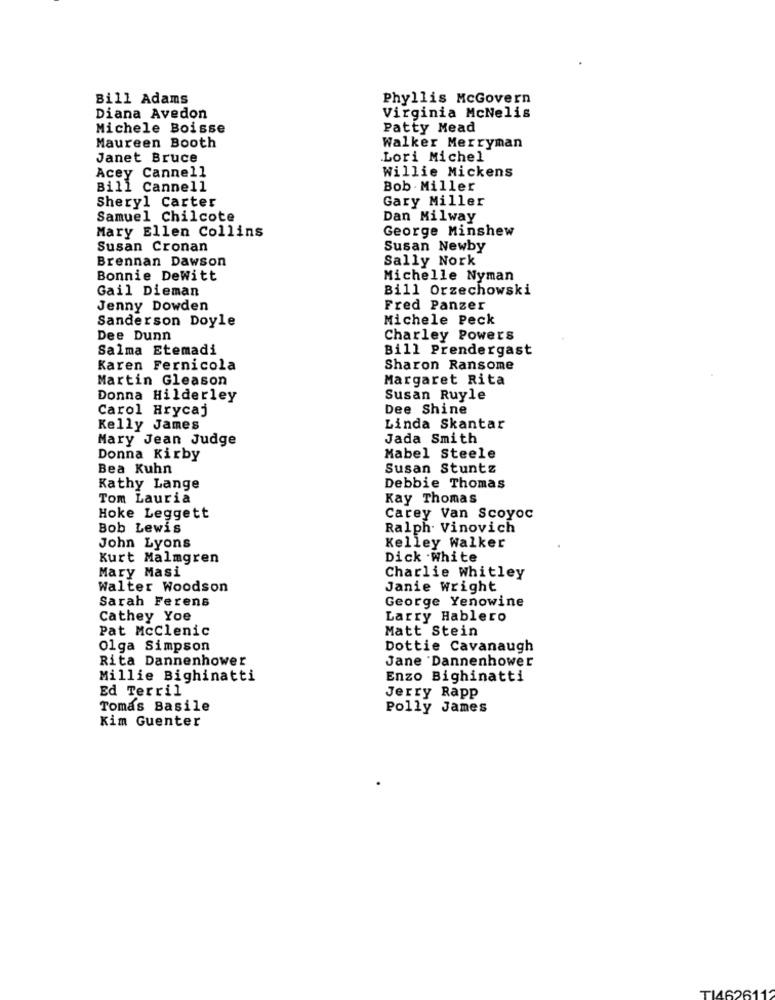
Bill Adams
Phyllis McGovern
Virginia McNelis
Diana Avedon
Michele Boisse
Patty Mead
Maureen Booth
Walker Merryman
Janet Bruce
Lori Michel
Willie Mickens
Acey Cannell
Bill Cannell
Bob Miller
Gary Miller
Sheryl Carter
Samuel Chilcote
Dan Milway
Mary Ellen Collins
George Minshew
Susan Cronan
Susan Newby
Brennan Dawson
Sally Nork
Bonnie Dewitt
Michelle Nyman
Gail Dieman
Bill Orzechowski
Jenny Dowden
Fred Panzer
Michele Peck
Sanderson Doyle
Dee Dunn
Charley Powers
Salma Etemadi
Bill Prendergast
Karen Fernicola
Sharon Ransome
Martin Gleason
Margaret Rita
Donna Hilderley
Susan Ruyle
Carol Hrycaj
Dee Shine
Kelly James
Linda Skantar
Mary Jean Judge
Jada Smith
Donna Kirby
Mabel Steele
Bea Kuhn
Susan Stuntz
Kathy Lange
Debbie Thomas
Tom Lauria
Kay Thomas
Carey Van Scoyoc
Hoke Leggett
Bob Lewis
Ralph. Vinovich
John Lyons
Kelley Walker
Kurt Malmgren
Dick .White
Mary Masi
Charlie Whitley
Walter Woodson
Janie Wright
Sarah Ferens
George Yenowine
Cathey Yoe
Larry Hablero
Pat McClenic
Matt Stein
Olga Simpson
Dottie Cavanaugh
Rita Dannenhower
Jane Dannenhower
Millie Bighinatti
Enzo Bighinatti
Ed Terril
Jerry Rapp
Tomas Basile
Polly James
Kim Guenter
TI4626